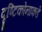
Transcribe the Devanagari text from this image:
दृष्टिकोनाकडे